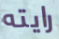
رايته